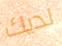
لديك